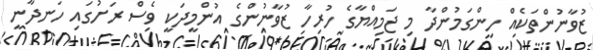
ޒުވާނުންތަކެއް ހިންގަމުންދާ މި ޖަމިއްޔާގެ ހުރިހާ ޒުވާނުންގެ އުންމީދަކީ ވެސް ރަށުގައި ހަނދާނީ